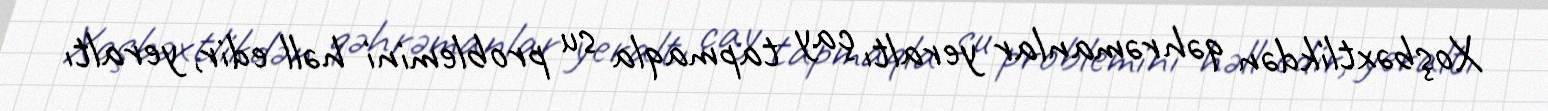
Xoşbəxtlikdən qəhrəmanlar yeraltı çay tapmaqla su problemini həll edir, yeraltı